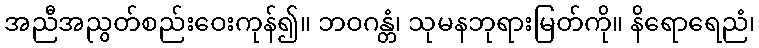
အညီအညွတ်စည်းဝေးကုန်၍။ ဘဝဂန္တံ၊ သုမနဘုရားမြတ်ကို။ နိရောရေညံ၊